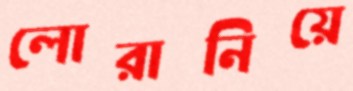
লোরানিয়ে